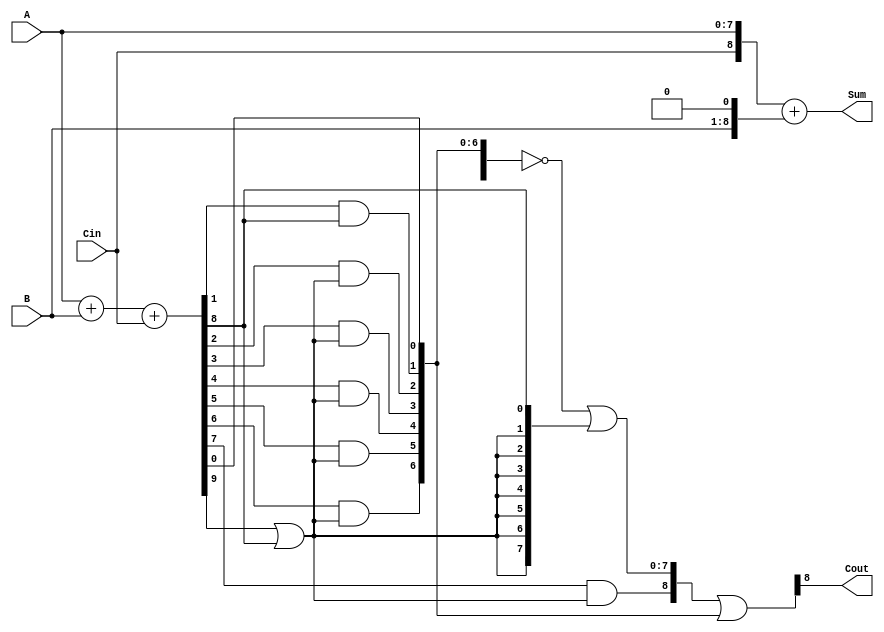
module carry_skip_lookahead_adder (
    input [7:0] A, // Input A
    input [7:0] B, // Input B
    input Cin, // Carry in signal
    output [8:0] Sum, // Output sum
    output Cout // Carry out signal
);

wire [8:0] Carry;
wire [8:0] P, G;
wire [7:0] Propagate, Generate;
wire [7:0] SKP;
wire [8:0] CarryOut;

// Carry Generation Logic
assign {Propagate, Generate} = A + B + Cin;
assign {P[0], G[0]} = {Propagate[0], Generate[0]};
assign {P[1], G[1]} = {Propagate[1] | P[0], Generate[1] & P[0]};
assign {P[2], G[2]} = {Propagate[2] | P[1], Generate[2] & P[1]};
assign {P[3], G[3]} = {Propagate[3] | P[2], Generate[3] & P[2]};
assign {P[4], G[4]} = {Propagate[4] | P[3], Generate[4] & P[3]};
assign {P[5], G[5]} = {Propagate[5] | P[4], Generate[5] & P[4]};
assign {P[6], G[6]} = {Propagate[6] | P[5], Generate[6] & P[5]};
assign {P[7], G[7]} = {Propagate[7] | P[6], Generate[7] & P[6]};

// Carry Propagation Logic
assign SKP = ~{G[7:0]} | {P[7:0]};
assign CarryOut = {G[7], SKP[7:0]} | G[6:0];

// Output Sum and Carry Out
assign Sum = {Cin, A} + {B, 1'b0};
assign Cout = CarryOut[8];

endmodule